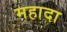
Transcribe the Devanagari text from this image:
महादा